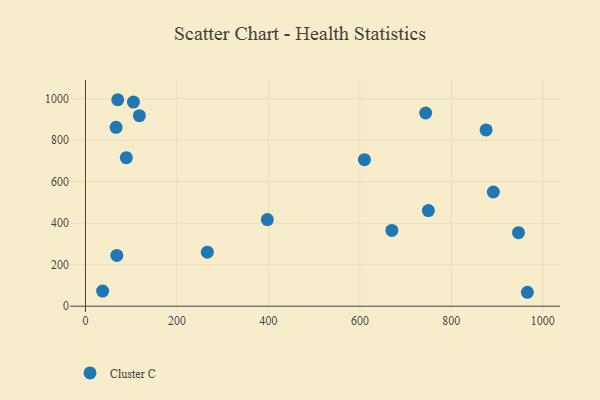
{"axis": {"x": "Ad Spend", "y": "Profit"}, "legend": ["Cluster C"], "data": [{"x": "875.9", "y": 849.3, "type": "Cluster C"}, {"x": "37.5", "y": 72.8, "type": "Cluster C"}, {"x": "749.7", "y": 460.8, "type": "Cluster C"}, {"x": "104.9", "y": 983.8, "type": "Cluster C"}, {"x": "946.7", "y": 354.3, "type": "Cluster C"}, {"x": "68.6", "y": 244.8, "type": "Cluster C"}, {"x": "743.8", "y": 931.0, "type": "Cluster C"}, {"x": "70.6", "y": 994.9, "type": "Cluster C"}, {"x": "117.9", "y": 918.0, "type": "Cluster C"}, {"x": "609.9", "y": 705.9, "type": "Cluster C"}, {"x": "89.3", "y": 715.9, "type": "Cluster C"}, {"x": "891.8", "y": 550.3, "type": "Cluster C"}, {"x": "966.2", "y": 67.1, "type": "Cluster C"}, {"x": "66.9", "y": 862.0, "type": "Cluster C"}, {"x": "669.9", "y": 365.2, "type": "Cluster C"}, {"x": "397.7", "y": 417.2, "type": "Cluster C"}, {"x": "266.5", "y": 260.3, "type": "Cluster C"}]}